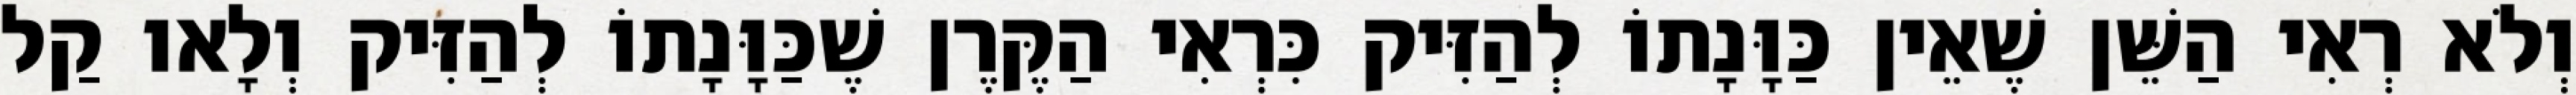
וְלֹא רְאִי הַשֵּׁן שֶׁאֵין כַּוָּנָתוֹ לְהַזִּיק כִּרְאִי הַקֶּרֶן שֶׁכַּוָּנָתוֹ לְהַזִּיק וְלָאו קַל